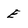
Character: E